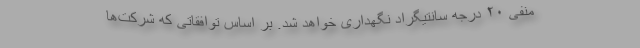
منفی ۲۰ درجه سانتیگراد نگهداری خواهد شد. بر اساس توافقاتی که شرکت‌ها